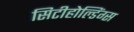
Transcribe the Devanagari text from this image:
सिटीहोल्डिंग्स